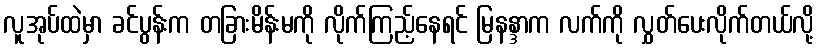
လူအုပ်ထဲမှာ ခင်ပွန်းက တခြားမိန်းမကို လိုက်ကြည့်နေရင် မြနန္ဒာက လက်ကို လွှတ်ပေးလိုက်တယ်လို့